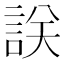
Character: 𧧤